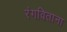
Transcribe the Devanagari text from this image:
रंगविताना